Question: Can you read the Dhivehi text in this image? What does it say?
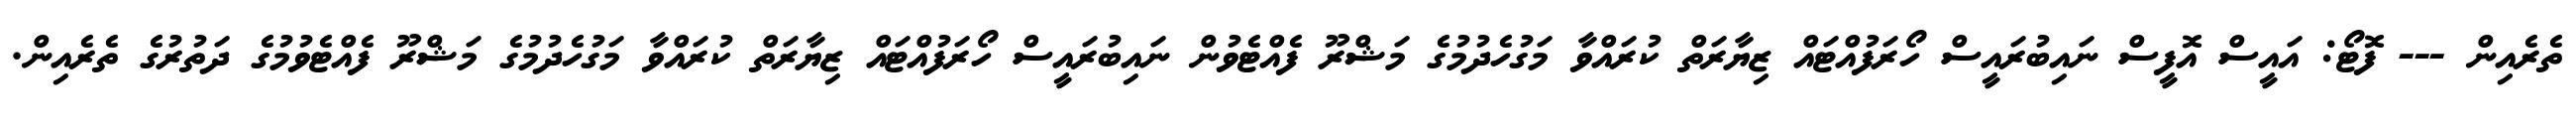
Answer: ތެރެއިން --- ފޮޓޯ: އައީސް އޮފީސް ނައިބުރައީސް ހޯރަފުއްޓައް ޒިޔާރަތް ކުރައްވާ މަގުހެދުމުގެ މަޝްރޫ ފެއްޓެވުން ނައިބުރައީސް ހޯރަފުއްޓައް ޒިޔާރަތް ކުރައްވާ މަގުހެދުމުގެ މަޝްރޫ ފެއްޓެވުމުގެ ދަތުރުގެ ތެރެއިން.